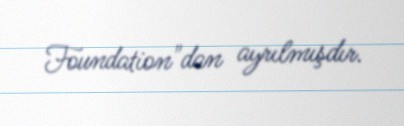
Foundation"dan ayrılmışdır.